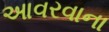
આવરવાના